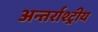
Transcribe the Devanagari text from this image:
अन्तर्राश्ट्रीय